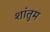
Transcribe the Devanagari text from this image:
शांतुम